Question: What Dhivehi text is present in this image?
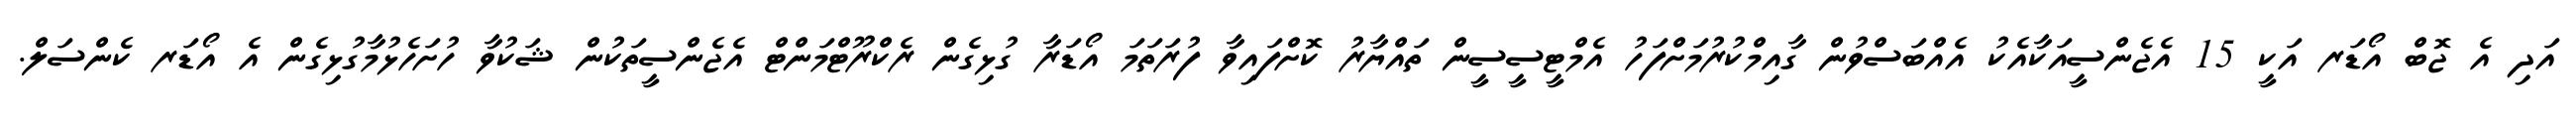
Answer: އަދި އެ ޖޮބް އޯޑަރ އަކީ 15 އެޖެންސީއަކާއެކު އެއްބަސްވުން ގާއިމްކުރުމަށްފަހު އެމްޓީސީސީން ތައްޔާރު ކޮށްފައިވާ ފުރަތަމަ އޯޑަރާ ގުޅިގެން ރެކްރޫޓްމަންޓް އެޖެންސީތަކުން ޝަކުވާ ހުށަހެޅުމާގުޅިގެން އެ އޯޑަރ ކެންސަލް.